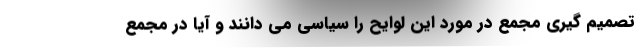
تصمیم گیری مجمع در مورد این لوایح را سیاسی می دانند و آیا در مجمع